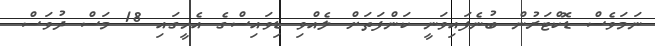
ނަމަވެސް ޑޮކްޓަރުން ބުނެފައިވަނީ ކަންފަތަށް ލެއްވި ޑިވައިސްގެ އެހީގައި 18 މަސް ދުވަސް